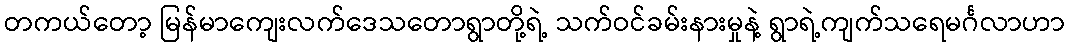
တကယ်တော့ မြန်မာကျေးလက်ဒေသတောရွာတို့ရဲ့ သက်ဝင်ခမ်းနားမှုနဲ့ ရွာရဲ့ကျက်သရေမင်္ဂလာဟာ